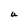
Character: U